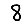
Digit: 8